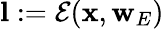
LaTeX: \mathbf{l}:=\mathcal{E}(\mathbf{x},\mathbf{w}_{E})